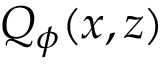
Q _ { \phi } ( x , z )